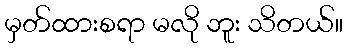
မှတ်ထားစရာ မလို ဘူး သိတယ်။